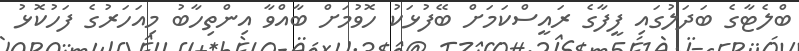
ބްލެޓާގެ ބަދަލުގައި ފީފާގެ ރައީސްކަމަށް ބޭފުޅަކު ހޮވުމަށް ބާއްވާ އިންތިހާބު މިއަހަރުގެ ފަހުކޮޅު